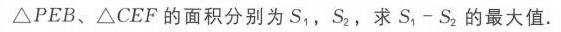
\(\triangle PEB\)、\(\triangle CEF\)的面积分别为\(S_{1}\)，\(S_{2}\)，求\(S_{1}-S_{2}\)的最大值.